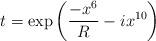
LaTeX: \begin{align*}t=\exp{\left( \frac{-x^6}{R}-i x^{10} \right)}\end{align*}